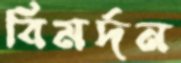
বিমর্দন